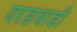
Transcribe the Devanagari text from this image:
दरडवाडी